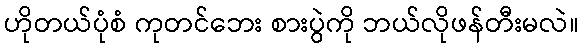
ဟိုတယ်ပုံစံ ကုတင်ဘေး စားပွဲကို ဘယ်လိုဖန်တီးမလဲ။